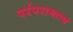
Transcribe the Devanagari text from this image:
परंपरागतच